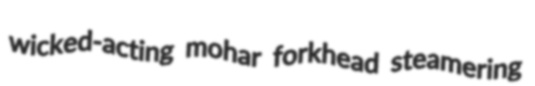
wicked-acting mohar forkhead steamering